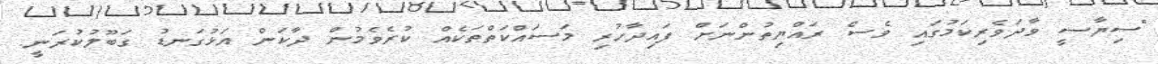
"ސިޔާސީ ވާދަވެރިކަމުގައި ވެސް ރައްޔިތުންނަށް ފައިދާހުރި މަސައްކަތްތަކެއް ކުރެވެމުން ދާކަން އަޅުގަނޑު ގަބޫލުކުރަނީ.